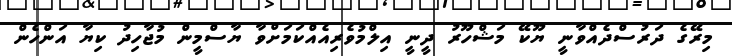
މިރޭގެ ދަރުސްދެއްވާނީ ޔޫކޭ މަޝްހޫރު ދީނީ އިލްމުވެރިއެއްކަމަށްވާ ޔާސްމީން މުޖާހިދު ކިޔާ އަންހެން